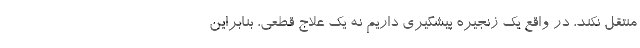
منتقل نکند، در واقع یک زنجیره پیشگیری داریم نه یک علاج قطعی، بنابراین